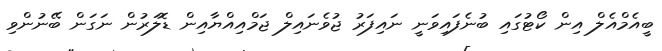
ބީއެމްއެލް އިން ކޯޓުގައި ބުނެފައިވަނީ ނައިފަރު ޖުވެނައިލް ޖަމްއިއްޔާއިން ޑޮލަރުން ނަގަން ބޭނުންވި